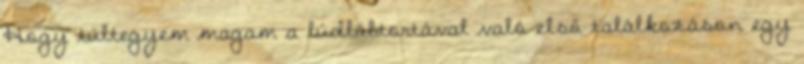
Hogy túltegyem magam a lúdlábtortával való első találkozáson egy